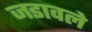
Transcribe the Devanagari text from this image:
जडावले